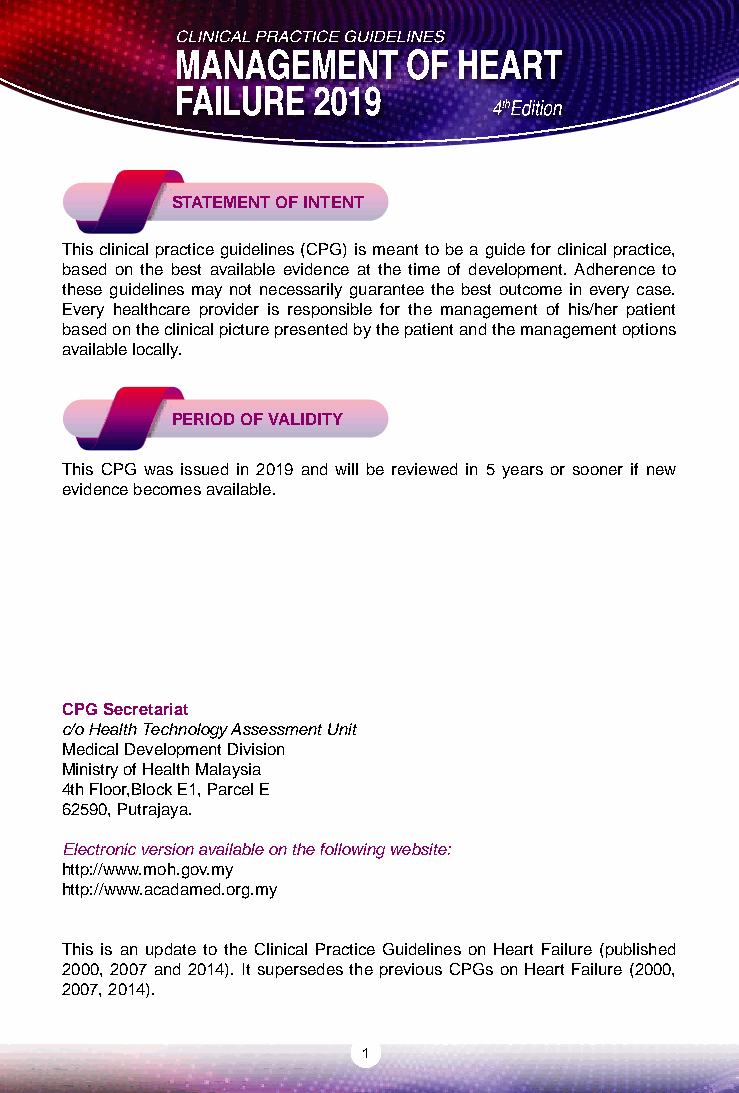
STATEMENT OF INTENT
 This clinical practice guidelines (CPG) is meant to be a guide for clinical practice,
 based on the best available evidence at the time of development. Adherence to
 these guidelines may not necessarily guarantee the best outcome in every case.
 Every healthcare provider is responsible for the management of his/her patient
 based on the clinical picture presented by the patient and the management options
 available locally.
 PERIOD OF VALIDITY
 This CPG was issued in 2019 and will be reviewed in 5 years or sooner if new
 evidence becomes available.
 CPG Secretariat
 c/o Health Technology Assessment Unit
 Medical Development Division
 Ministry of Health Malaysia
 4th Floor,Block E1, Parcel E
 62590, Putrajaya.
 Electronic version available on the following website:
 http://www.moh.gov.my
 http://www.acadamed.org.my
 This is an update to the Clinical Practice Guidelines on Heart Failure (published
 2000, 2007 and 2014). It supersedes the previous CPGs on Heart Failure (2000,
 2007, 2014).
 1